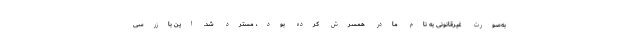
به‌صورت غیرقانونی به نام مادر همسرش کرده بود، مسترد شد. این بازرسی